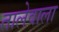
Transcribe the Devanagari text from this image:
तालेवाला